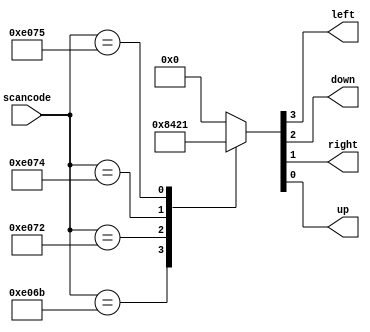
// synthesis verilog_input_version verilog_2001
module top_module (
    input [15:0] scancode,
    output reg left,
    output reg down,
    output reg right,
    output reg up  ); 
    
    always @(*)begin
        {left,down,right,up} = 4'b0;
        case(scancode)
            16'he06b: {left,down,right,up} = 4'b1000;
            16'he072: {left,down,right,up} = 4'b0100;
            16'he074: {left,down,right,up} = 4'b0010;
            16'he075: {left,down,right,up} = 4'b0001;
            default: {left,down,right,up} = 4'b0;
        endcase
        
    end
endmodule